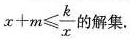
$$x+m \leq \frac{k}{x}$$的解集.